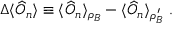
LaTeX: \Delta \langle \widehat { O } _ { n } \rangle \equiv \langle \widehat { O } _ { n } \rangle _ { \rho _ { B } } - \langle \widehat { O } _ { n } \rangle _ { \rho _ { B } ^ { \prime } } \ .